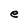
Character: e